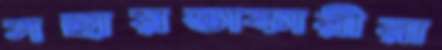
সহায়তাকারীরা